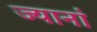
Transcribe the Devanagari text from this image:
ज्यानां